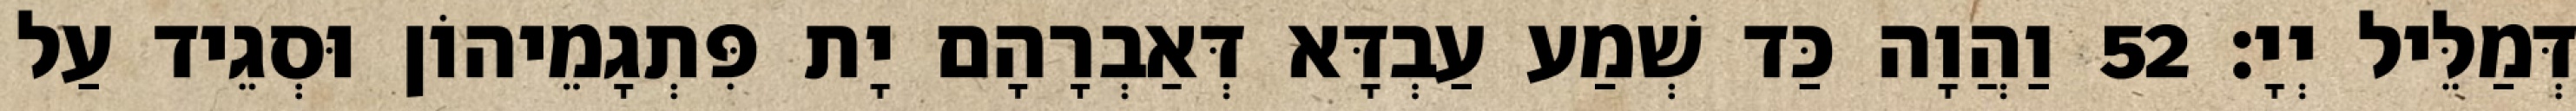
דְּמַלֵּיל יְיָ׃ 52 וַהֲוָה כַּד שְׁמַע עַבְדָּא דְּאַבְרָהָם יָת פִּתְגָמֵיהוֹן וּסְגֵיד עַל